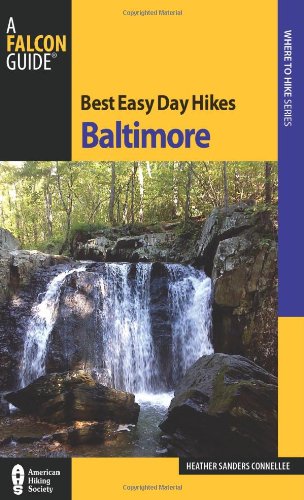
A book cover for Best Easy Day Hikes Baltimore (Best Easy Day Hikes Series); Heather Connellee; Travel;